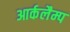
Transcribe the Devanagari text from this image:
आर्कलैम्प